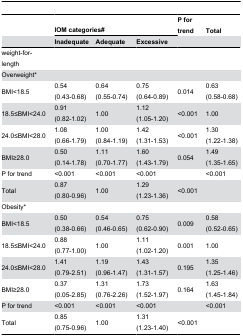
|  | <COLSPAN=3> IOM categories# | P for trend | Total |
 |  | Inadequate | Adequate | Excessive |  |  |
 | --- | --- | --- | --- | --- | --- |
 | weight-for-length |  |  |  |  |  |
 | Overweight* |  |  |  |  |  |
 | BMI<18.5 | 0.54 (0.43-0.68) | 0.64 (0.55-0.74) | 0.75 (0.64-0.89) | 0.014 | 0.63 (0.58-0.68) |
 | 18.5≤BMI<24.0 | 0.91 (0.82-1.02) | 1.00 | 1.12 (1.05-1.20) | <0.001 | 1.00 |
 | 24.0≤BMI<28.0 | 1.08 (0.66-1.79) | 1.00 (0.84-1.19) | 1.42 (1.31-1.53) | <0.001 | 1.30 (1.22-1.38) |
 | BMI≥28.0 | 0.50 (0.14-1.78) | 1.11 (0.70-1.77) | 1.60 (1.43-1.79) | 0.054 | 1.49 (1.35-1.65) |
 | P for trend | <0.001 | <0.001 | <0.001 |  | <0.001 |
 | Total | 0.87 (0.80-0.96) | 1.00 | 1.29 (1.23-1.36) | <0.001 |  |
 | Obesity* |  |  |  |  |  |
 | BMI<18.5 | 0.50 (0.38-0.66) | 0.54 (0.46-0.65) | 0.75 (0.62-0.90) | 0.009 | 0.58 (0.52-0.65) |
 | 18.5≤BMI<24.0 | 0.88 (0.77-1.00) | 1.00 | 1.11 (1.02-1.20) | 0.001 | 1.00 |
 | 24.0≤BMI<28.0 | 1.41 (0.79-2.51) | 1.19 (0.96-1.47) | 1.43 (1.31-1.57) | 0.195 | 1.35 (1.25-1.46) |
 | BMI≥28.0 | 0.37 (0.05-2.85) | 1.31 (0.76-2.26) | 1.73 (1.52-1.97) | 0.164 | 1.63 (1.45-1.84) |
 | P for trend | <0.001 | <0.001 | <0.001 |  | <0.001 |
 | Total | 0.85 (0.75-0.96) | 1.00 | 1.31 (1.23-1.40) | <0.001 |  |